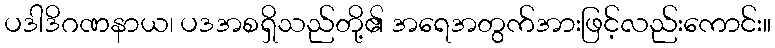
ပဒါဒိဂဏနာယ၊ ပဒအစရှိသည်တို့၏ အရေအတွက်အားဖြင့်လည်းကောင်း။